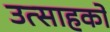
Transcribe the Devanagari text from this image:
उत्साहकों